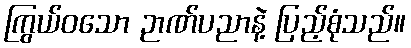
ကြွယ်ဝသော ဉာဏ်ပညာနဲ့ ပြည့်စုံသည်။